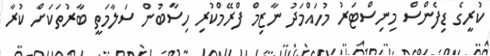
ކުރީގެ ޑިފެންސް މިނިސްޓަރު މުހައްމަދު ނާޒިމް ފްރޭމްކުރި ހިސާބުން ސަލާމަތީ ބާރުތަކަށް ކުރާ